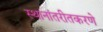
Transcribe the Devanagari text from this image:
स्थानांतरीतकरणे